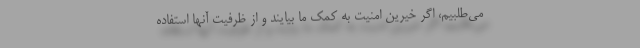
می‌طلبیم، اگر خیرین امنیت به کمک ما بیایند و از ظرفیت آنها استفاده